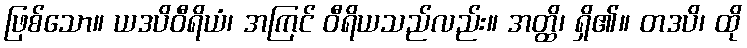
ဖြစ်သော။ ယဒပိဝီရိယံ၊ အကြင် ဝီရိယသည်လည်း။ အတ္ထိ၊ ရှိ၏။ တဒပိ၊ ထို